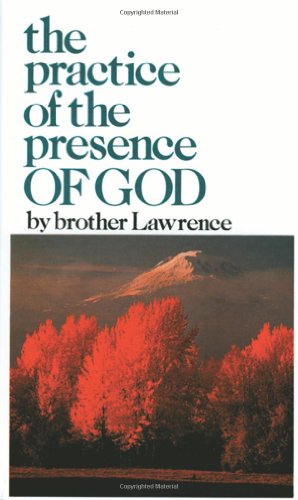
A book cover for The Practice of the Presence of God; Brother Lawrence; Religion & Spirituality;